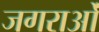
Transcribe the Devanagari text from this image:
जगराओं